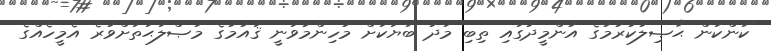
"ކަންކަން ޙާޞިލުކުރުމުގެ އުންމީދުގައި ތިބި މަދު ބަޔަކަށް މުހިންމުވަނީ ޤައުމުގެ މަޞްލަޙަތަށްވުރެ އެމީހެއްގެ